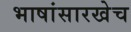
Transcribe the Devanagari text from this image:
भाषांसारखेच